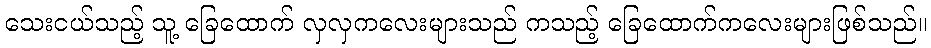
သေးငယ်သည့် သူ့ ခြေထောက် လှလှကလေးများသည် ကသည့် ခြေထောက်ကလေးများဖြစ်သည်။